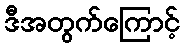
ဒီအတွက်ကြောင့်